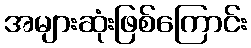
အများဆုံးဖြစ်ကြောင်း